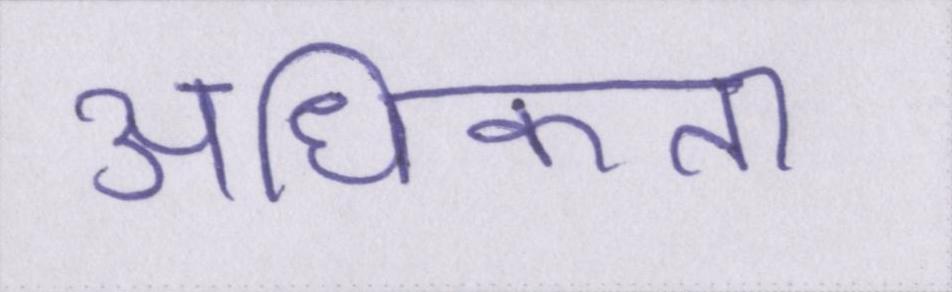
अधिकता